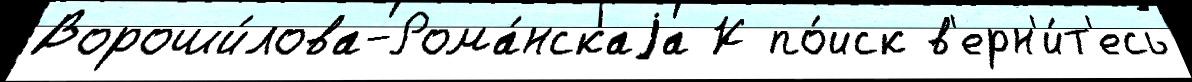
Вороши́лова-Рома́нскаjа К по́иск в'ерн'и́т'есь